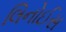
લિનોઈસ